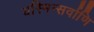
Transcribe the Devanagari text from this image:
यस्मिन्सर्वाणि